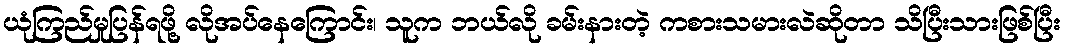
ယုံကြည်မှုပြန်ရဖို့ လိုအပ်နေကြောင်း၊ သူက ဘယ်လို ခမ်းနားတဲ့ ကစားသမားလဲဆိုတာ သိပြီးသားဖြစ်ပြီး